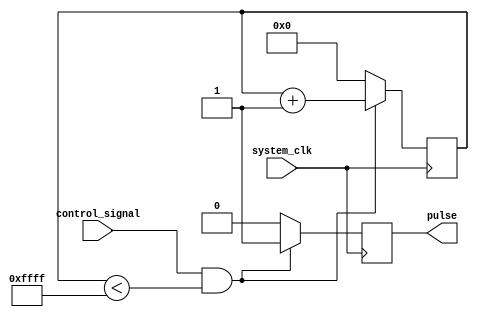
module variable_pulse_width_generator(
    input wire system_clk,
    input wire control_signal,
    output reg pulse);

reg [15:0] pulse_width_counter;
reg pulse_active;

always @(posedge system_clk) begin
    if (control_signal == 1 && pulse_width_counter < 16'hFFFF) begin
        pulse_active <= 1;
        pulse <= 1;
        pulse_width_counter <= pulse_width_counter + 1;
    end else begin
        pulse_active <= 0;
        pulse <= 0;
        pulse_width_counter <= 0;
    end
end

endmodule